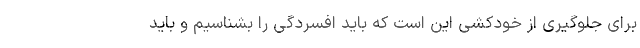
برای جلوگیری از خودکشی این است که باید افسردگی را بشناسیم و باید